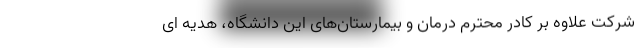
شرکت علاوه بر کادر محترم درمان و بیمارستان‌های این دانشگاه، هدیه ای